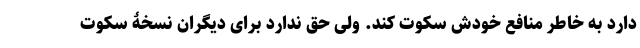
دارد به خاطر منافع خودش سکوت کند. ولی حق ندارد برای دیگران نسخۀ سکوت